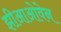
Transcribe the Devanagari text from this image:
झीआओवेन